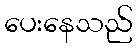
ပေးနေသည်